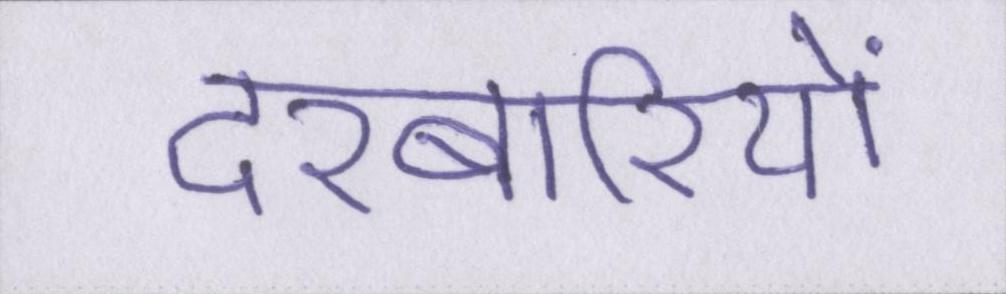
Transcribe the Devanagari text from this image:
दरबारियों